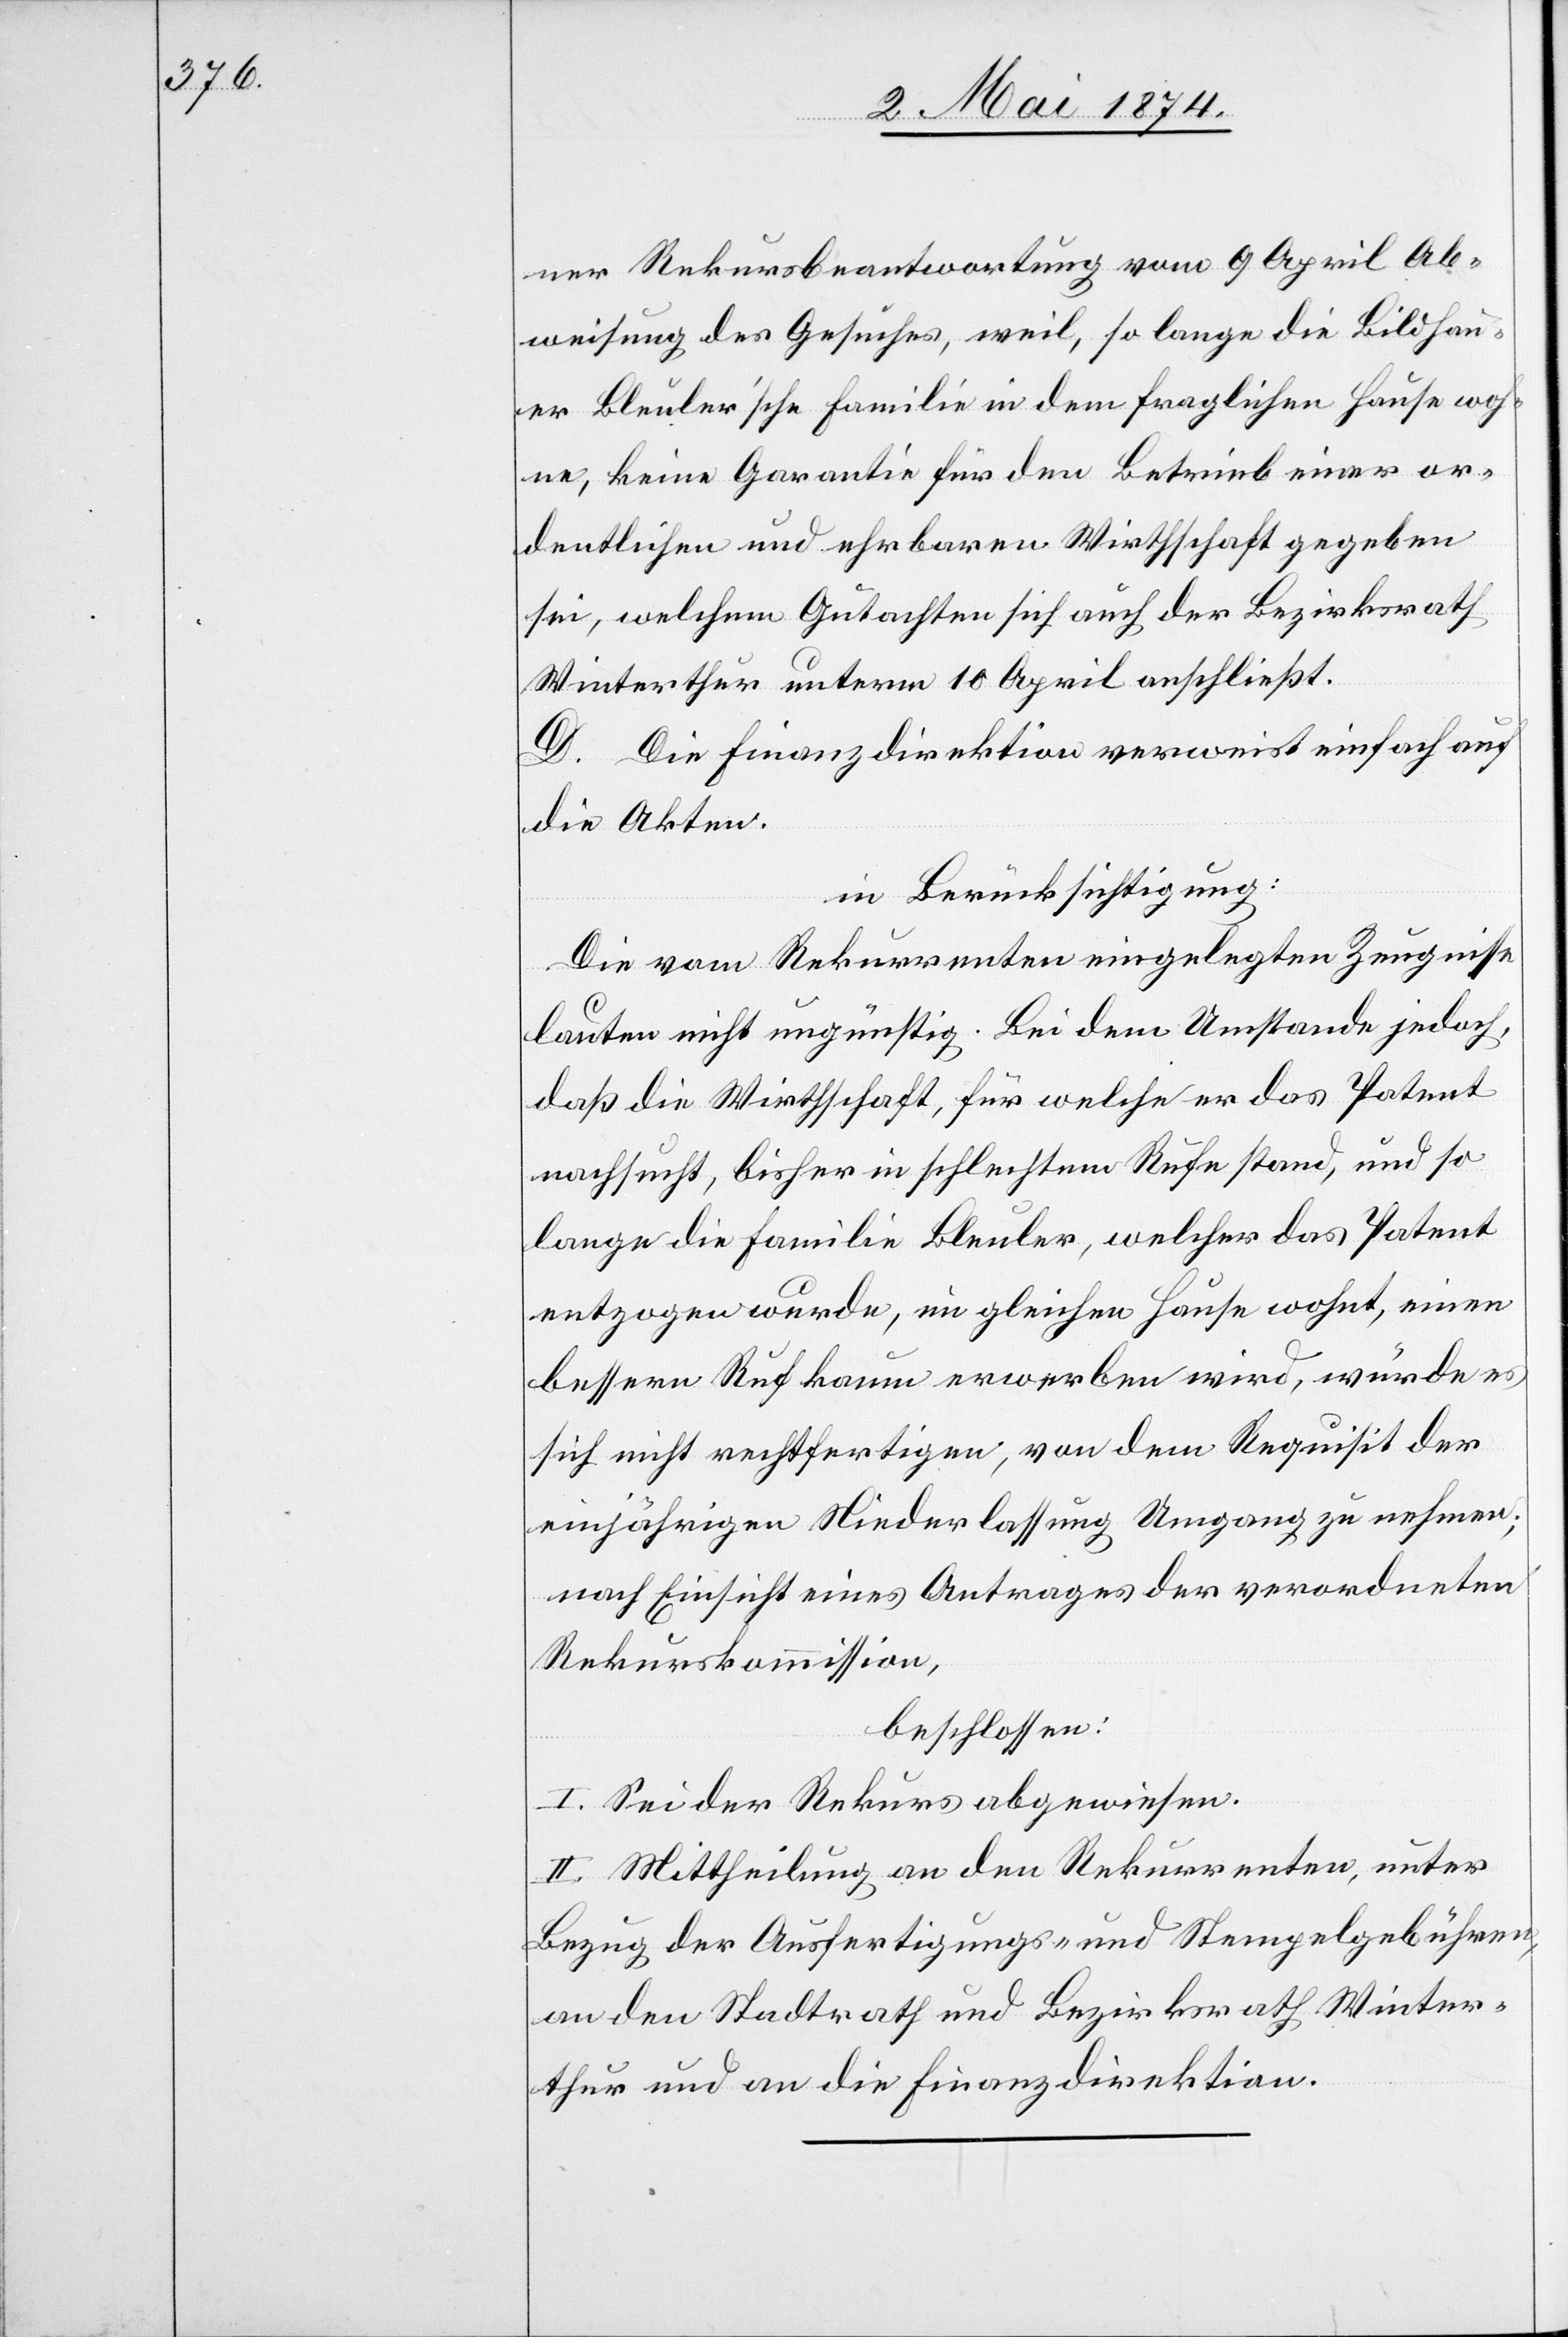
ner Rekursbeantwortung vom 9. April Ab¬
weisung des Gesuches, weil, so lange die Bildhau¬
er Bleuler’sche Familie in dem fraglichen Hause woh¬
ne, keine Garantie für den Betrieb einer or¬
dentlichen und ehrbaren Wirthschaft gegeben
sei, welchem Gutachten sich auch der Bezirksrath
Winterthur unterm 10. April anschließt.
D. Die Finanzdirektion verweist einfach auf
die Akten.
in Berücksichtigung:
Die vom Rekurrenten eingelegten Zeugnisse
lauten nicht ungünstig. Bei dem Umstande jedoch,
daß die Wirthschaft, für welche er das Patent
nachsucht, bisher in schlechtem Rufe stand, und so
lange die Familie Bleuler, welcher das Patent
entzogen wurde, im gleichen Hause wohnt, einen
bessern Ruf kaum erwerben wird, würde es
sich nicht rechtfertigen, von dem Requisit der
einjährigen Niederlassung Umgang zu nehmen;
nach Einsicht eines Antrages der verordneten
Rekurskommission,
beschlossen:
I. Sei der Rekurs abgewiesen.
II. Mittheilung an den Rekurrenten, unter
Bezug der Ausfertigungs- und Stempelgebühren,
an den Stadtrath und Bezirksrath Winter¬
thur und an die Finanzdirektion.